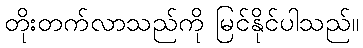
တိုးတက်လာသည်ကို မြင်နိုင်ပါသည်။